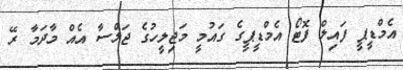
އެމްޑީޕީ ފައިލް ފޮޓޯ އެމްޑީޕީގެ ގައުމީ މަޖިލީހުގެ ޖަލްސާ އެއް މާދަމާ ރޭ